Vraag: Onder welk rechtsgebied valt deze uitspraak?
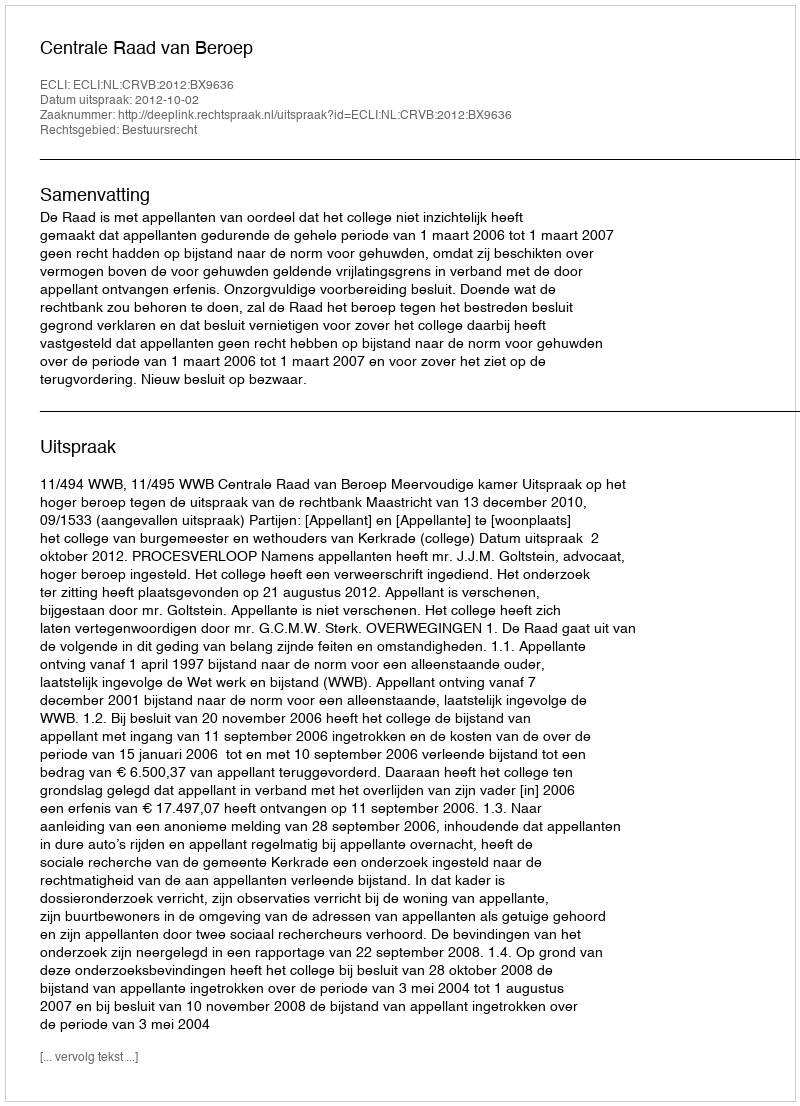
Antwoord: Bestuursrecht